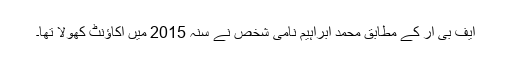
ایف بی آر کے مطابق محمد ابراہیم نامی شخص نے سنہ 2015 میں اکاؤنٹ کھولا تھا۔